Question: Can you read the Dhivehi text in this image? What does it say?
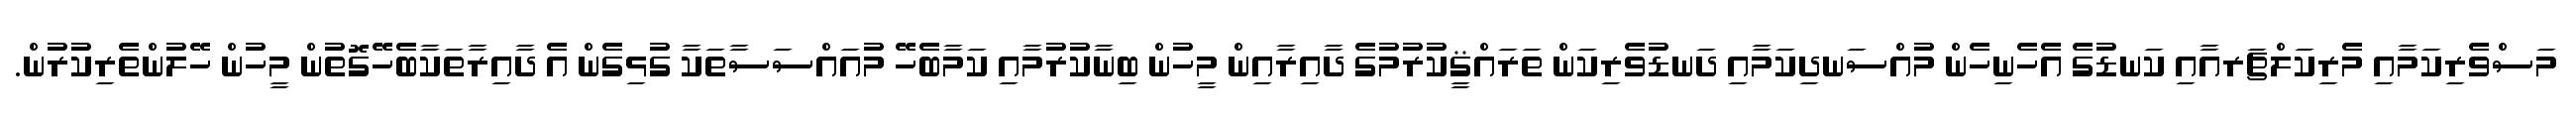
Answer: މަސްވެރިކަމާއި މެރިކަލްޗަރއާއި ކަނޑުގެ އެހެނިހެން މުއްސަނދިކަމާއި ދަނޑުވެރިކަން ތަރައްޤީކުރުމުގެ ދާއިރާއިން މީހުން ބިނާކުރުމާއި ކަމާބެހޭ މުއައްސަސާތަކާ ގުޅިގެން އެ ދާއިރާތަކާބެހޭގޮތުން މީހުން ހޭލުންތެރިކުރުން.